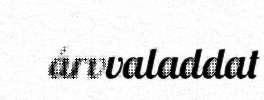
árvvaladdat